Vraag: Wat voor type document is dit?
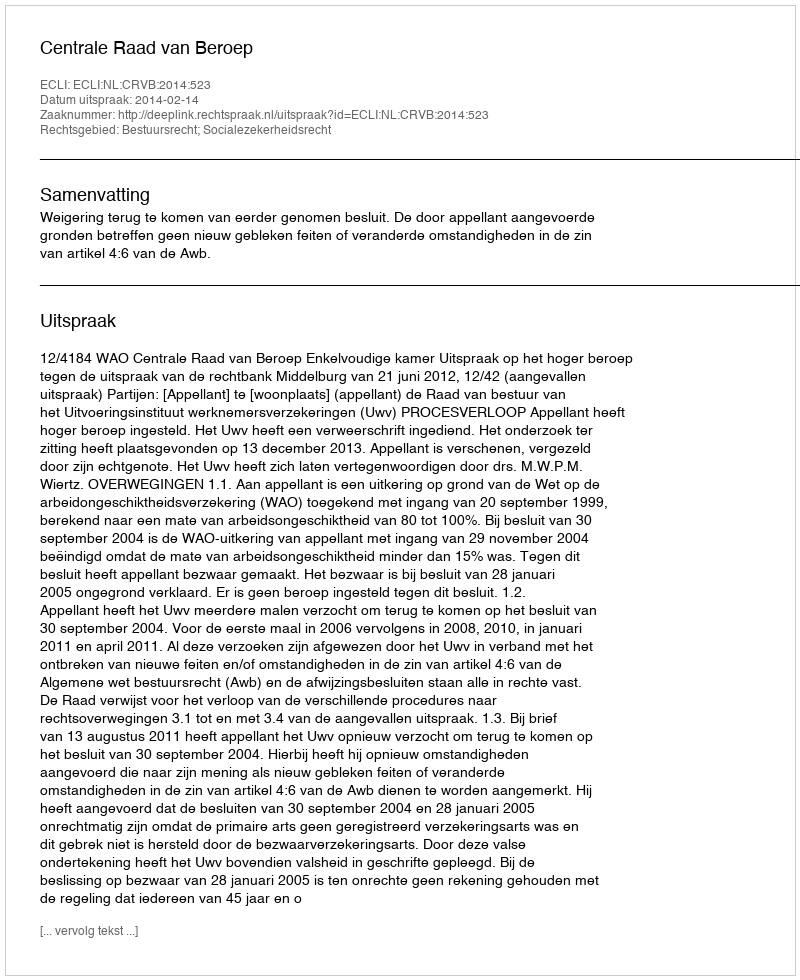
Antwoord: Uitspraak